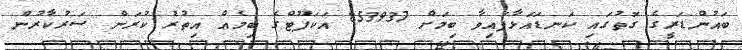
ބައުންޑަރީގެ ގޮތުގައި ކަނޑައަޅާފައިވާ ބިމަށް 853937 އަކަފޫޓްގެ ބިމެއް އިތުރު ކުރަން ސަރުކާރުން